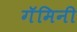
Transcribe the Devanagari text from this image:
गॅमिनी